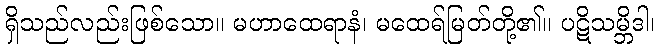
ရှိသည်လည်းဖြစ်သော။ မဟာထေရာနံ၊ မထေရ်မြတ်တို့၏။ ပဋိသမ္ဘိဒါ၊